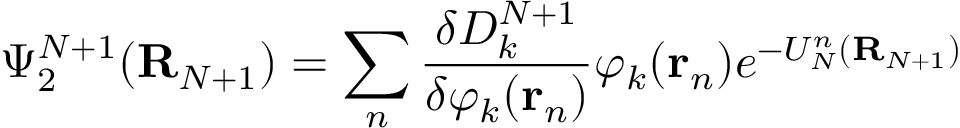
\Psi _ { 2 } ^ { N + 1 } ( { \bf R } _ { N + 1 } ) = \sum _ { n } \frac { \delta D _ { k } ^ { N + 1 } } { \delta \varphi _ { k } ( { \bf r } _ { n } ) } \varphi _ { k } ( { \bf r } _ { n } ) e ^ { - U _ { N } ^ { n } ( { \bf R } _ { N + 1 } ) }